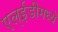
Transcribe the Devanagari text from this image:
एल्ईडीमध्ये